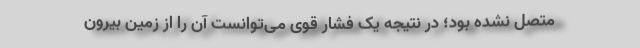
متصل نشده بود؛ در نتیجه یک فشار قوی می‌توانست آن را از زمین بیرون